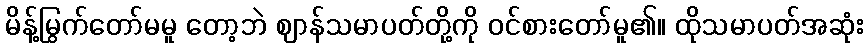
မိန့်မြွက်တော်မမူ တော့ဘဲ ဈာန်သမာပတ်တို့ကို ဝင်စားတော်မူ၏။ ထိုသမာပတ်အဆုံး